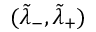
( \tilde { \lambda } _ { - } , \tilde { \lambda } _ { + } )